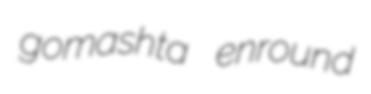
gomashta enround